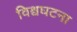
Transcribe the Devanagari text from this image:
विश्वघटना